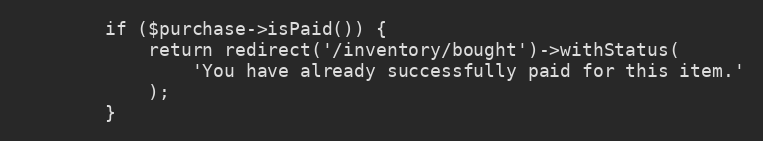
Language: PHP
        if ($purchase->isPaid()) {
            return redirect('/inventory/bought')->withStatus(
                'You have already successfully paid for this item.'
            );
        }